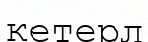
кетерл